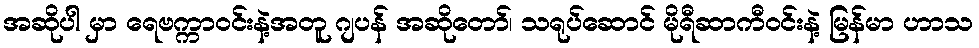
အဆိုပါ မှာ ရေဗက္ကာဝင်းနဲ့အတူ ဂျပန် အဆိုတော်၊ သရုပ်ဆောင် မိုရီဆာကီဝင်းနဲ့ မြန်မာ ဟာသ